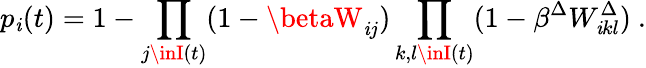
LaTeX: p_{\mathit{i}}(t)=1-\prod_{j\inI(t)}(1-\betaW_{\mathit{i}j})\prod_{k,l\inI(t)}(1-\beta^{\Delta}W_{\mathit{i}kl}^{\Delta})\ .